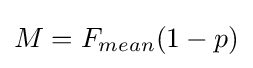
M=F_{mean}(1-p)